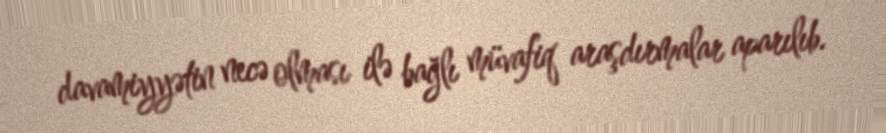
davamiyyətin necə olması ilə bağlı müvafiq araşdırmalar aparılıb.